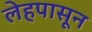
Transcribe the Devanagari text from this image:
लेहपासून